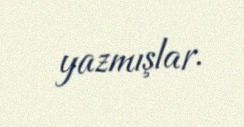
yazmışlar.